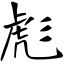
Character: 彪